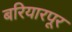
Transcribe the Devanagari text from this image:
बरियारपूर